Alatskivi_vallavalitsus_et, lk 106
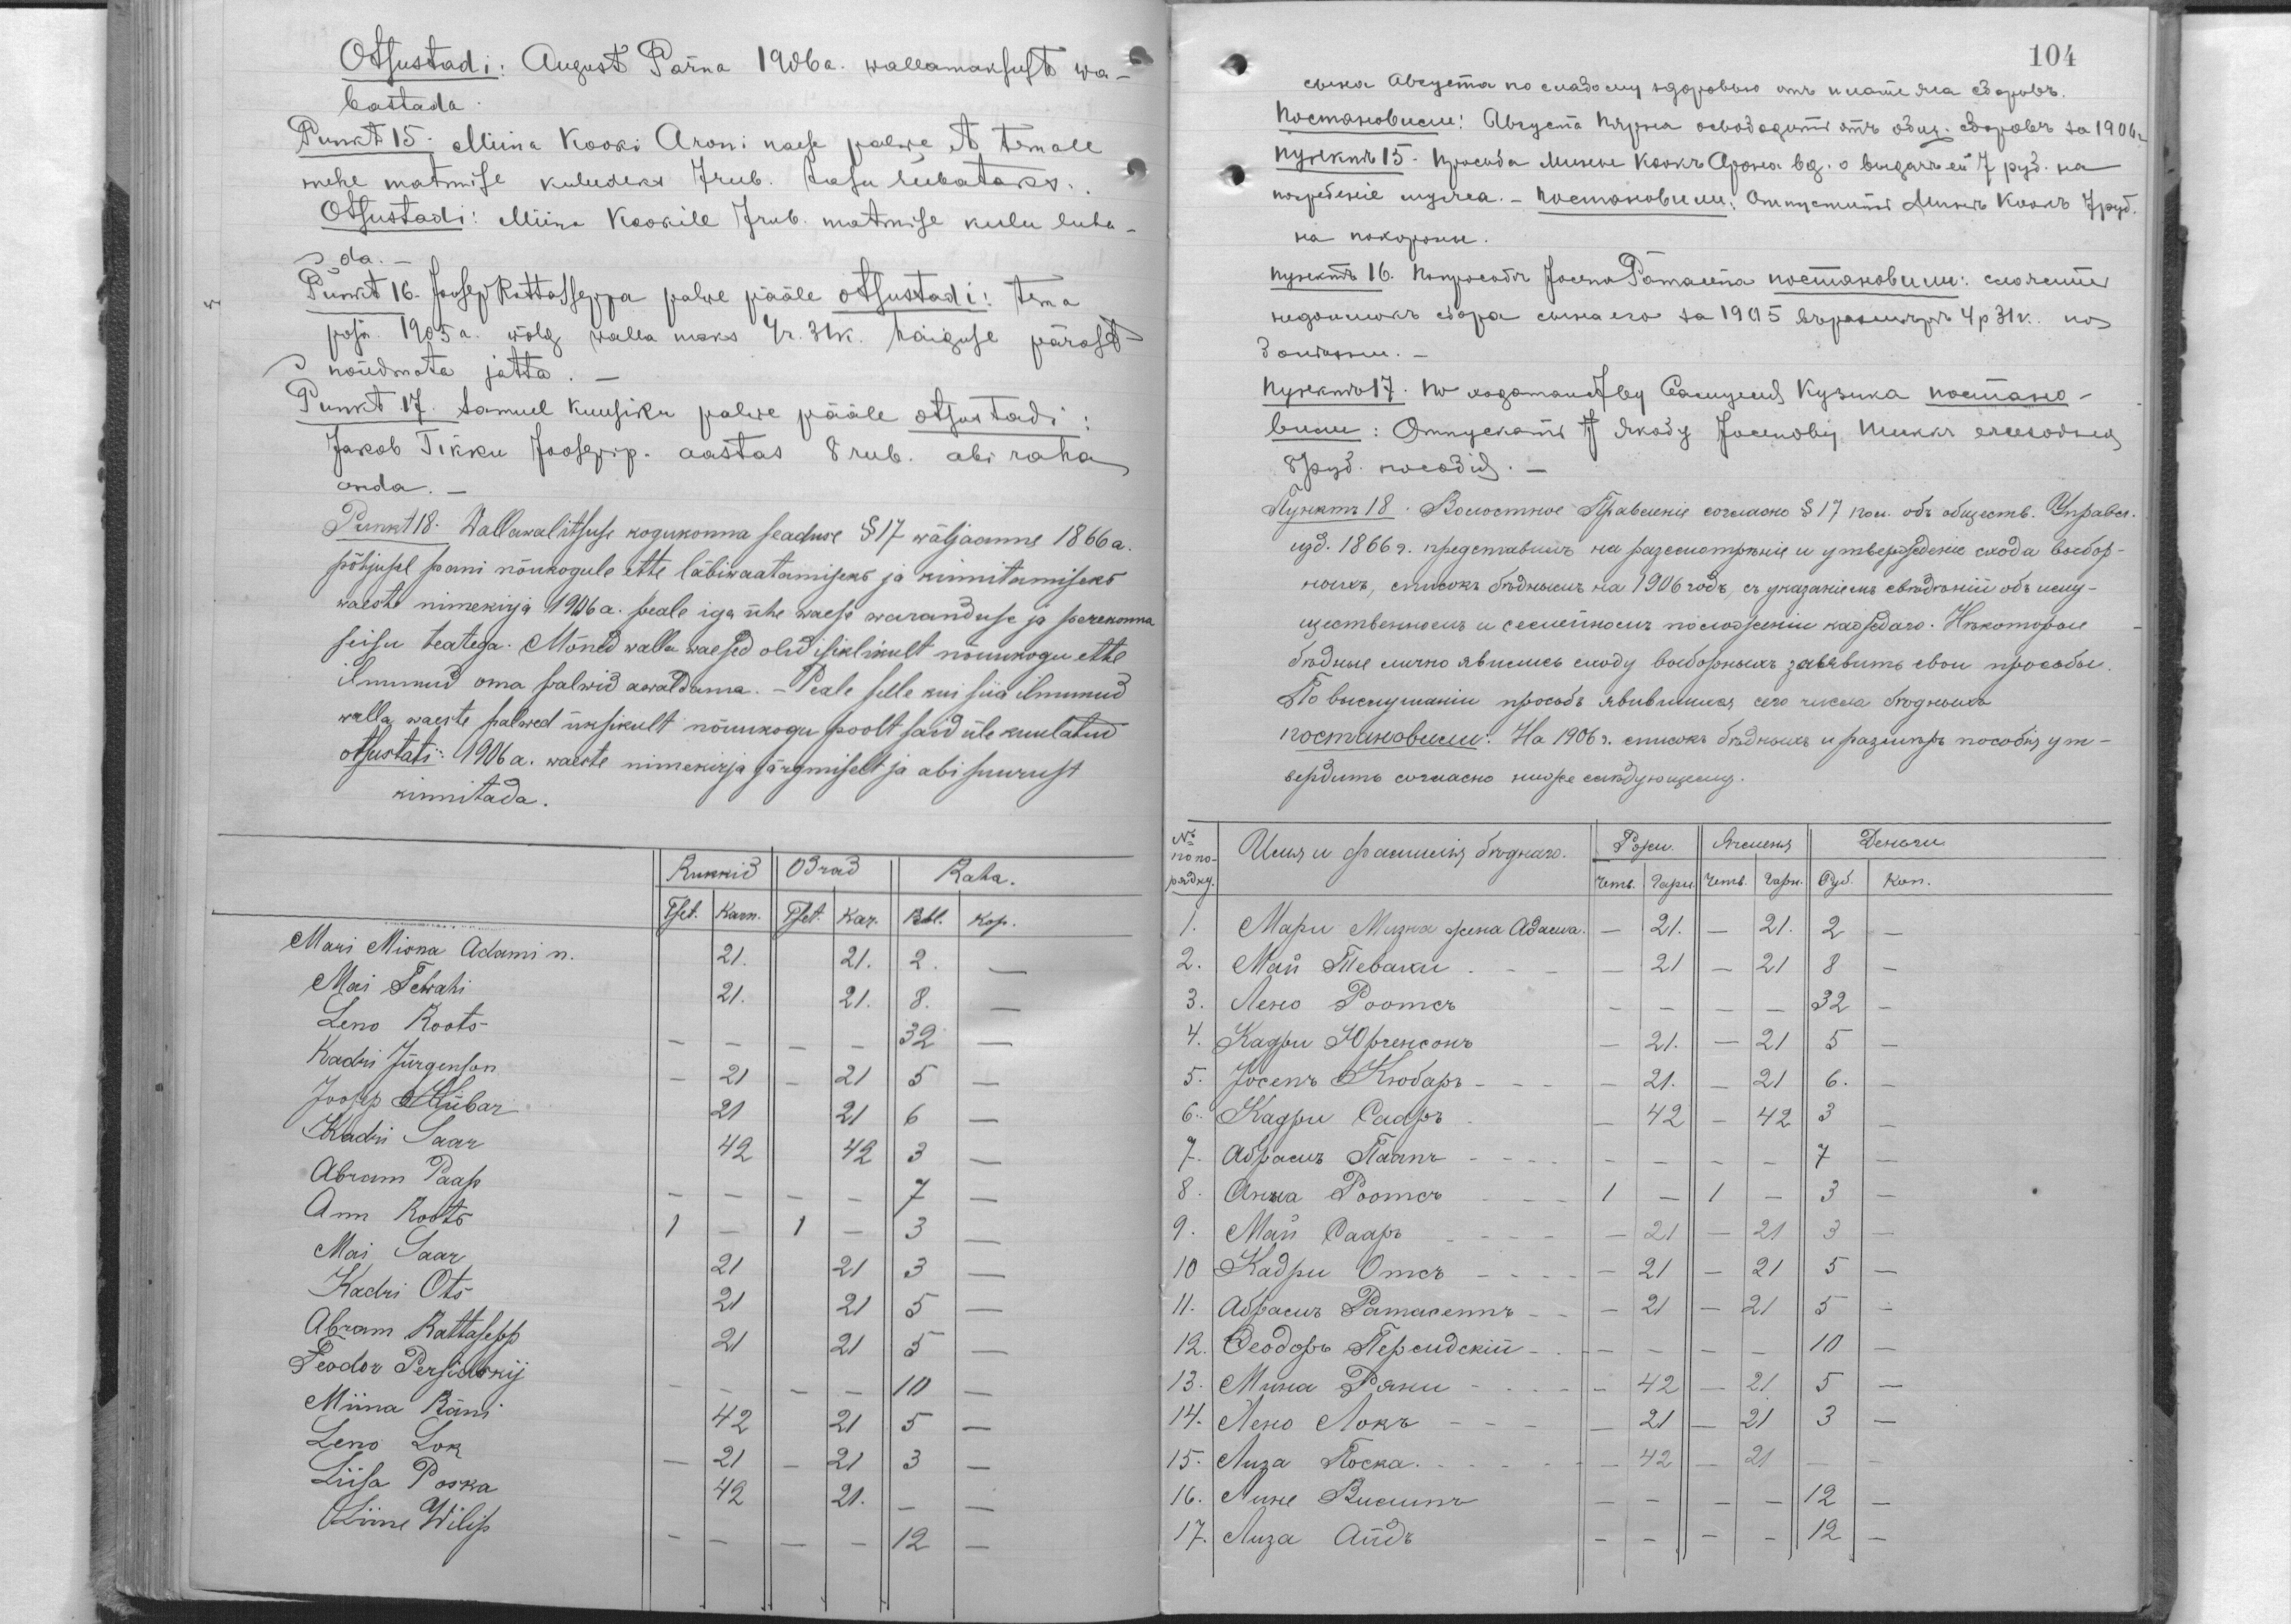
Otsustadi: August Pärna 1906 a. wallamaksust wa-
bastada.
Punkt 15. Miina Kooki Aroni naese palwe, et temale
mehe matmise kuludeks 7 rub. tasu lubataks.
Otsustadi: Miina Kookile 7 rub. matmise kulu luba-
da.
Punkt 16. Joosep Rattasseppa palwe pääle otsustadi: tema
poja 1905 a. wõlg walla maks 4 r. 31 k. haiguse pärast
nõudmata jätta.
Punkt 17. Samuel Kuusiku palwepääle otsustadi:
Jakob Tikku Joosepi p. aastas 8 rub. abi raha
anda.
Punkt 18. Wallawalitsuse kogukonna seaduse §17 wäljaanne 1866 a.
põhjusel pani nõukogule ette läbiwaatamiseks ja kinnitamiseks
waeste nimekirja 1906 a. peale iga ühe waese waranduse ja perekonna
seisu teatega. Mõned walla waesed olid isiklikult nõuukogu ette
ilmunud oma palwid awaldama. - Peale selle kui siia ilmunud
walla waeste palwed ükiskult nõuukogu poolt said üle kuulatud
otsustati: 1906 a. waeste nimekirja järgmiselt ja abi suurust
kinnitada.
Rukkid
Odrad
Raha
Tset.
Karn.
Tset.
Kar.
Rbl.
Kop.
Mari Misna Adami n.
Mai Tewahi
Leno Roots
Kadri Jürgenson
Joosep Kübar
Kadri Saar
Abram Paap
Ann Roots
Mai Saar
Kadri Ots
Abram Rattasepp
Feodor Persidsky
Miina Räni
Leno Lok
Liisa Poska
Liine Wilip